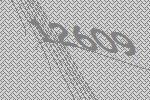
12609